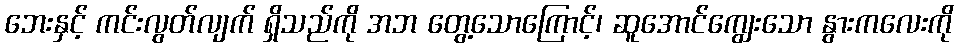
ဘေးနှင့် ကင်းလွတ်လျက် ရှိသည်ကို အဘ တွေ့သောကြောင့်၊ ဆူအောင်ကျွေးသော နွားကလေးကို